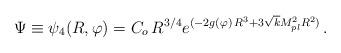
LaTeX: \begin{align*}\Psi\equiv \psi_4 (R,\varphi)=C_o\,R^{3/4} e^{(-2g(\varphi)\,R^3+3\sqrt{k} M^2_{pl} R^2)} \, .\end{align*}